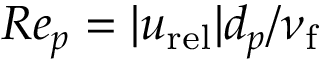
R e _ { p } = | \boldsymbol { u } _ { \mathrm { r e l } } | d _ { p } / \nu _ { \mathrm { f } }